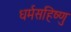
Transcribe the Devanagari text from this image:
धर्मसहिष्णु